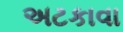
અટકાવા